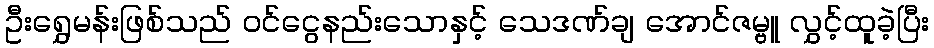
ဦးရွှေမန်းဖြစ်သည် ဝင်ငွေနည်းသောနှင့် သေဒဏ်ချ အောင်ဇမ္ဗူ လွှင့်ထူခဲ့ပြီး